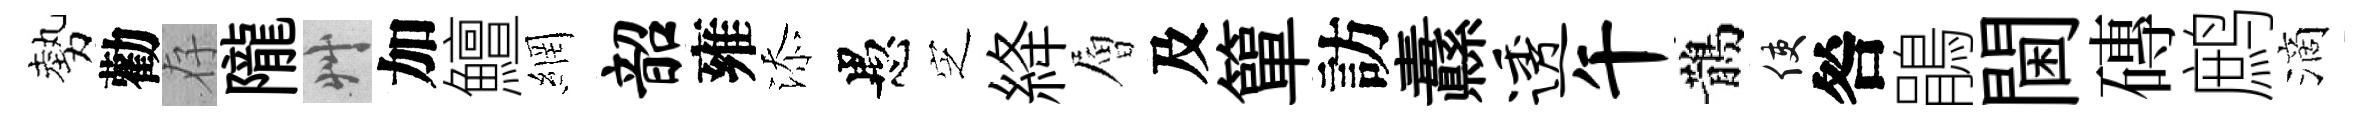
勢勸存隴艸加鱣網韶雍添愚㝎絳層及簞訪纛透午鵲使咎鵑閫磚鹧滴